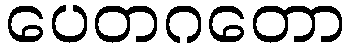
ပေတဂတော